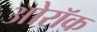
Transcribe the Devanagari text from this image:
ओरॉक